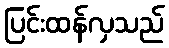
ပြင်းထန်လှသည်